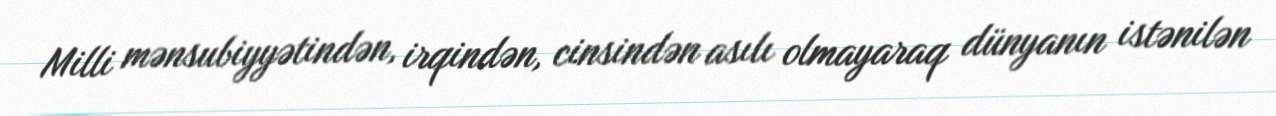
Milli mənsubiyyətindən, irqindən, cinsindən asılı olmayaraq dünyanın istənilən